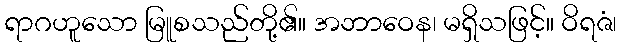
ရာဂဟူသော မြူစသည်တို့၏။ အဘာဝေန၊ မရှိသဖြင့်။ ဝိရဇံ၊